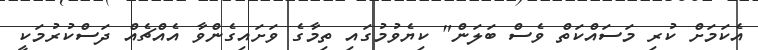
އެކަމަށް ކުރި މަސައްކަތް ވެސް ބަލަން" ކިޔެވުމުގައި ތިމާގެ ވަށައިގެންވާ އެއްޗެއް ދަސްކުރުމަކީ